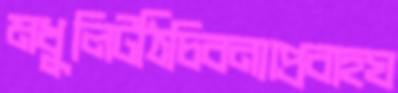
মধুলিটঠিচিবন্যাপ্রবাহঘ